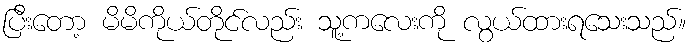
ပြီးတော့ မိမိကိုယ်တိုင်လည်း သူ့ကလေးကို လွယ်ထားရသေးသည်။